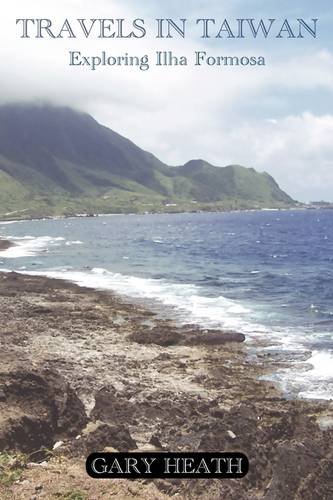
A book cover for Travels in Taiwan; Gary Heath; Travel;